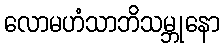
လောမဟံသာဘိသမ္ဘုနော